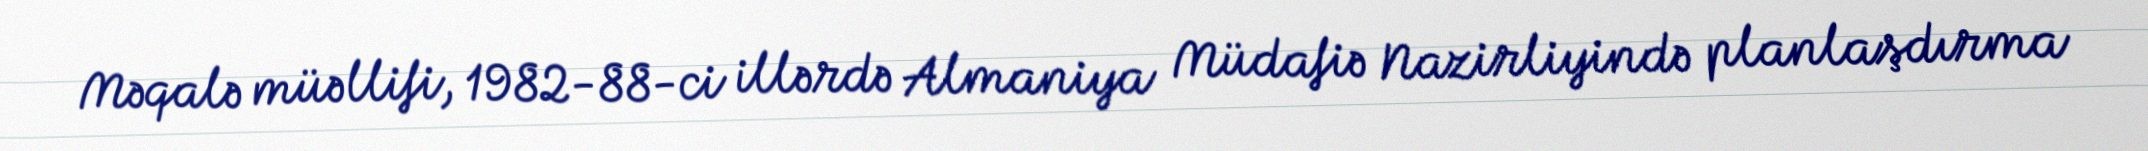
Məqalə müəllifi, 1982-88-ci illərdə Almaniya Müdafiə Nazirliyində planlaşdırma